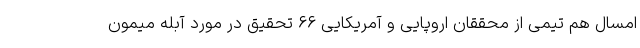
امسال هم تیمی از محققان اروپایی و آمریکایی ۶۶ تحقیق در مورد آبله میمون